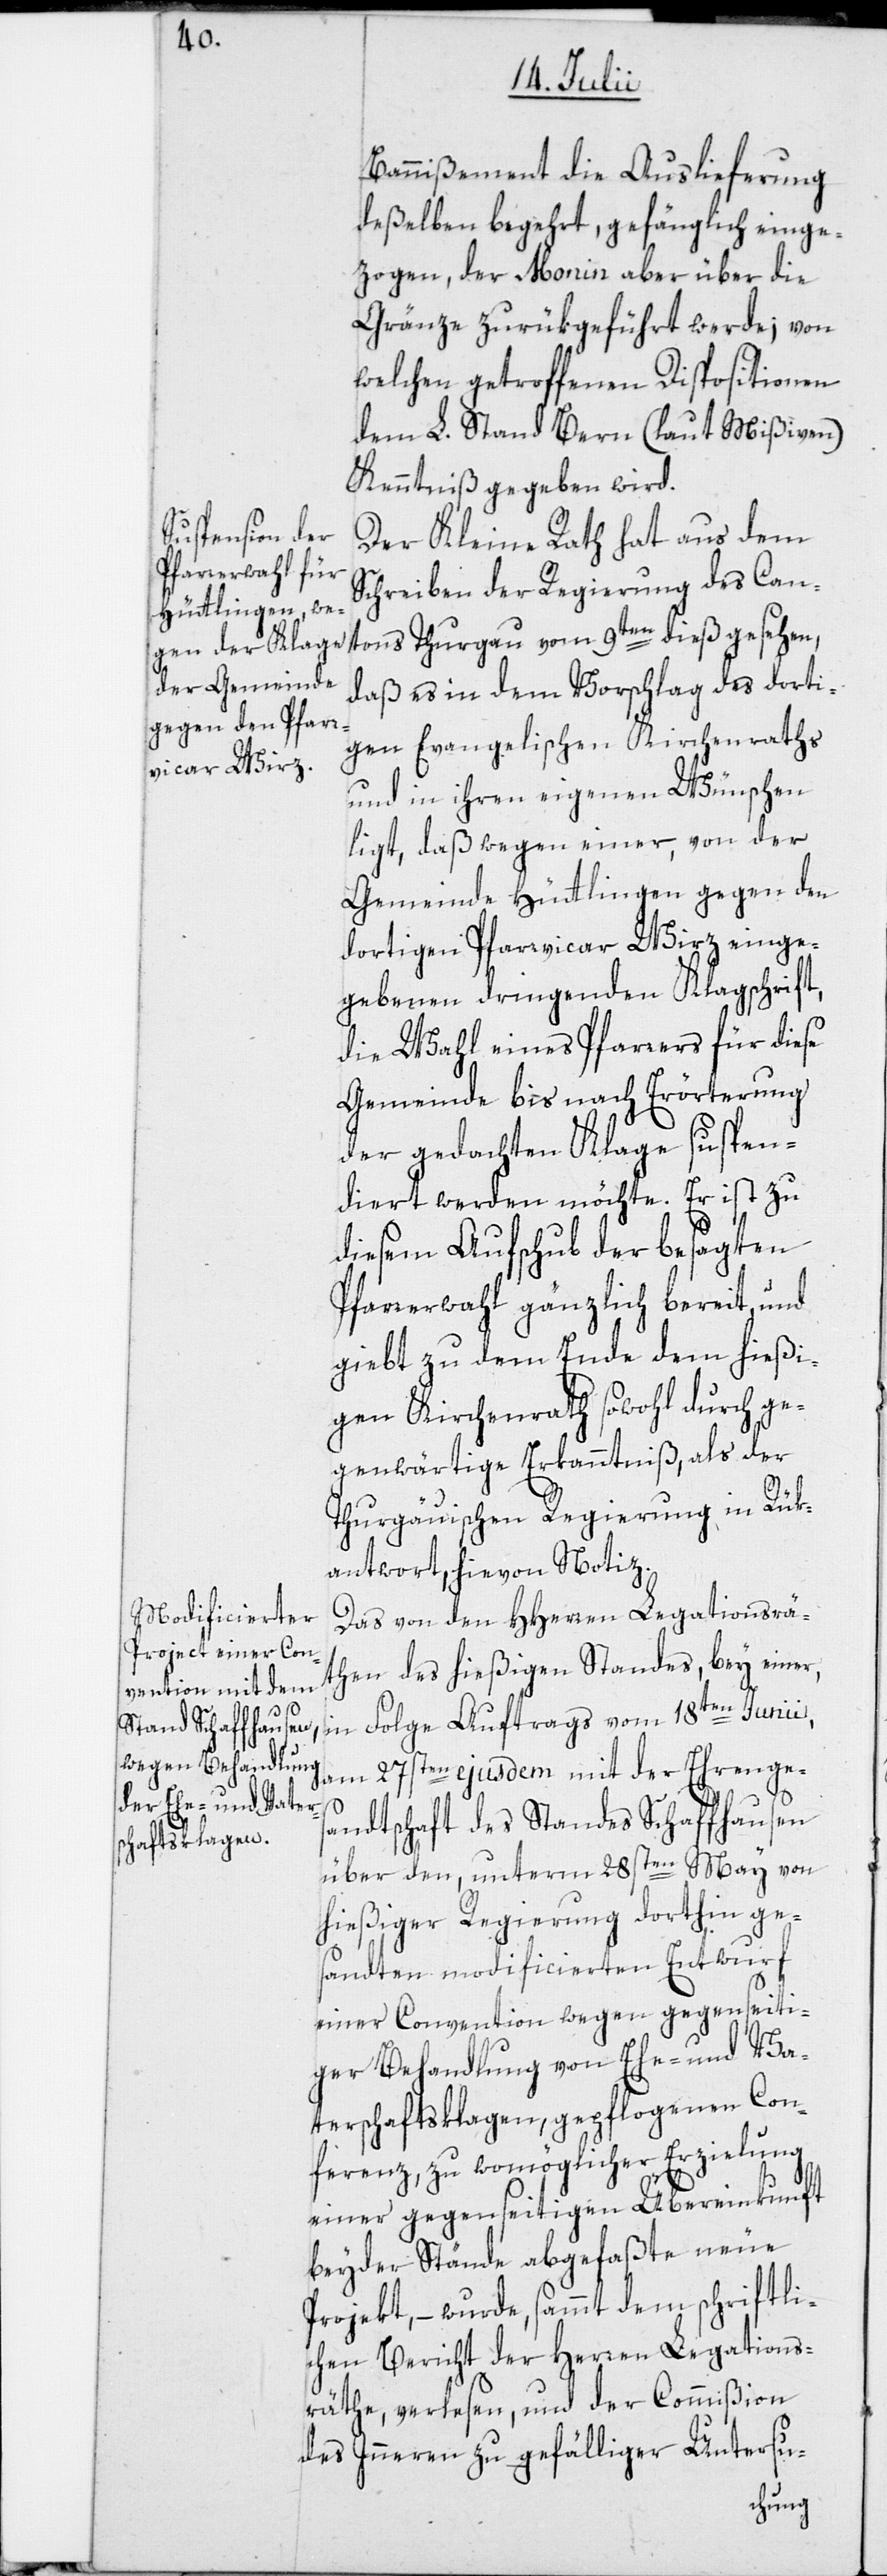
Bannißement die Auslieferung
deßelben begehrt, gefänglich einge¬
zogen; der Monin aber über die
Gränze zurükgeführt werde; von
welchen getroffenen Dispositionen
dem L. Stand Bern (laut Mißiven)
Kenntniß gegeben wird.
Der Kleine Rath hat aus dem
Schreiben der Regierung des Can¬
tons Thurgau vom 9ten dieß gesehen,
daß es in dem Vorschlag des dorti¬
gen Evangelischen Kirchenraths
und in ihren eigenen Wünschen
ligt, daß wegen einer, von der
Gemeinde Hüttlingen gegen den
dortigen Pfarrvicar Wirz einge¬
gebenen dringenden Klagschrift,
die Wahl eines Pfarrers für diese
Gemeinde bis nach Erörterung
der gedachten Klage suspen¬
diert werden möchte. Er ist zu
diesem Aufschub der besagten
Pfarrerwahl gänzlich bereit, und
giebt zu dem Ende dem hießi¬
gen Kirchenrath sowohl durch ge¬
genwärtige Erkanntniß, als der¬
Thurgäuischen Regierung in Rük¬
antwort, hievon Notiz.
Das von den HHerren Legationsrä¬
then des hießigen Standes, bey einer,
am 27sten ejusdem mit der Ehrengs¬
andtschaft des Standes Schaffhausen
über den, unterm 28sten May von
hießiger Regierung dorthin ge¬
sandten modificierten Entwurf
einer Convention wegen gegenseiti¬
ger Behandlung von Ehe- und Va¬
terschaftsklagen, gepflogenen Con¬
ferenz, zu womöglicher Erzielung
einer gegenseitigen Übereinkunft
beyder Stände abgefaßte neue
Projekt, – wurde, sammt dem schriftli¬
chen Bericht der Herren Legations¬
räthe, verlesen, und der Commißion
des Inneren zu gefälliger Untersu-